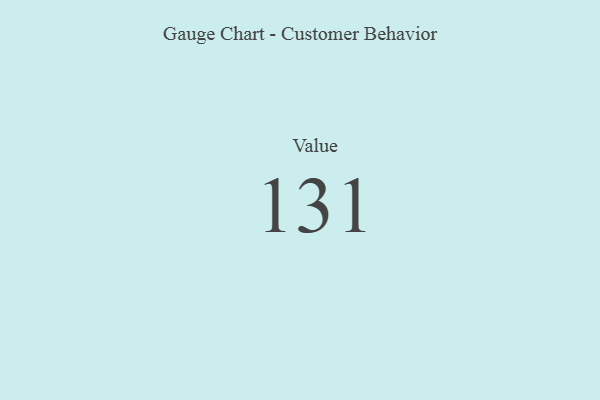
{"axis": {"x": "Metric", "y": "Value"}, "legend": [""], "data": [{"x": "Value", "y": 131, "type": ""}]}